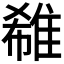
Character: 𨿕